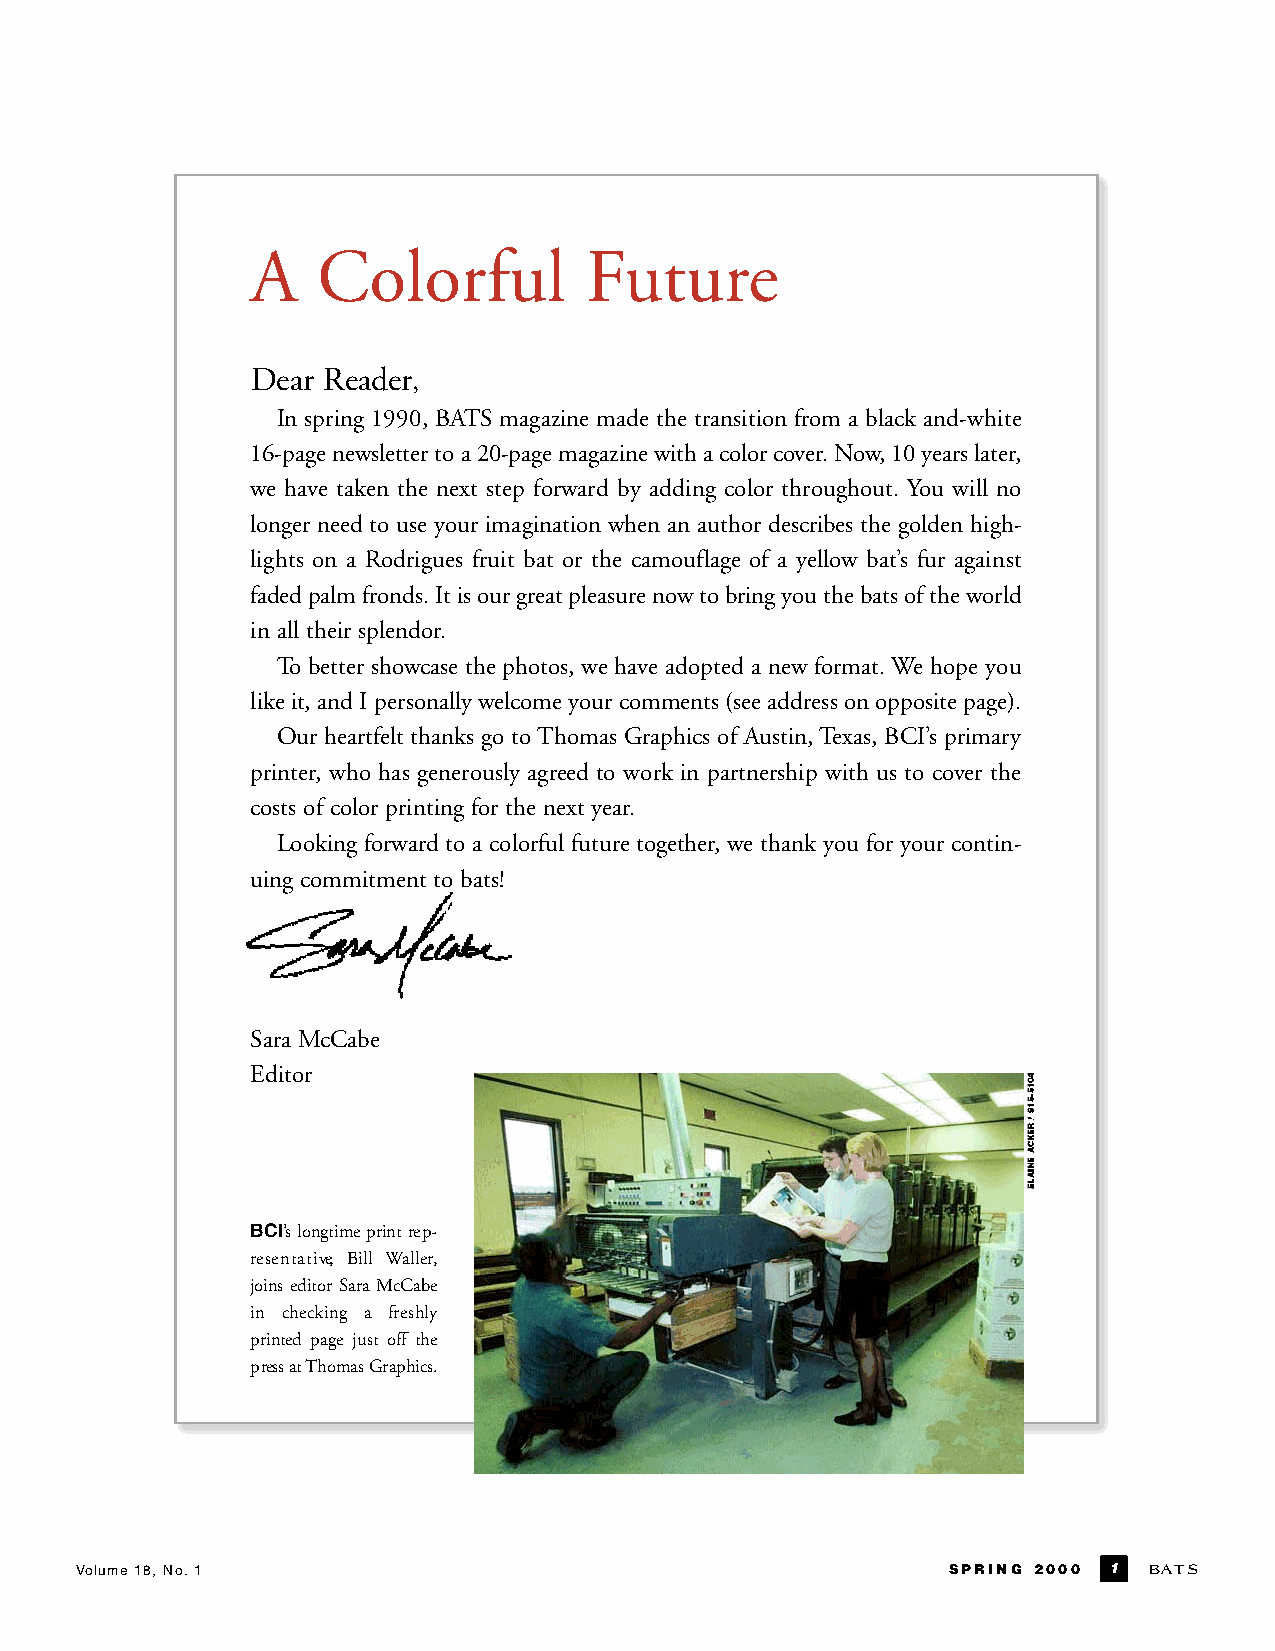
A   Colorful          Future
 Dear Reader,
 In spring 1990, BATS magazine made the transition from a black and-white
 16-page newsletter to a 20-page magazine with a color cover. Now, 10 years later,
 we have taken the next step forward by adding color throughout. You will no
 longer need to use your imagination when an author describes the golden high-
 lights on a Rodrigues fruit bat or the camouflage of a yellow bat’s fur against
 faded palm fronds. It is our great pleasure now to bring you the bats of the world
 in all their splendor.
 To better showcase the photos, we have adopted a new format.We hope you
 like it, and I personally welcome your comments (see address on opposite page).
 Our heartfelt thanks go toThomas Graphics of Austin,Texas, BCI’s primary
 printer, who has generously agreed to work in partnership with us to cover the
 costs of color printing for the next year.
 Looking forward to a colorful future together, we thank you for your contin-
 uing commitment to bats!
 Sara McCabe
 Editor
 BCI’slongtimeprintre p-
 re s e n t a t i ve, Bill Wa l l e r,
 joins editor SaraMc C a b e
 in checking a fre s h l y
 printed page just off the
 p ress atThomas Gr a p h i c s .
 Volume 18, No.1                                           SPRING 2000 1 B AT S